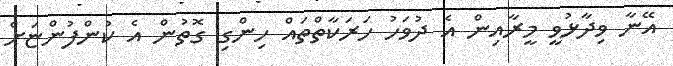
އޭނާ ވިދާޅުވީ މީރާއިން އެ ދުވަހު ހަރަކާތްތައް ހިންގި ގޮތުން އެ ކުންފުންޏަށް